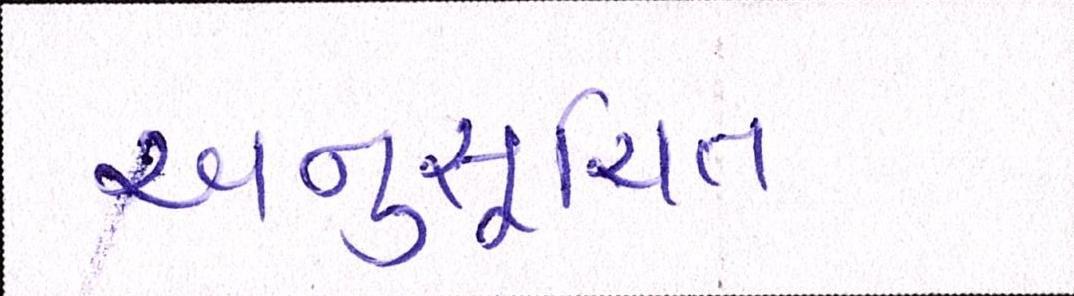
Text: અનુસુચિત